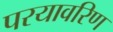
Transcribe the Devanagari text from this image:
परयावरिण